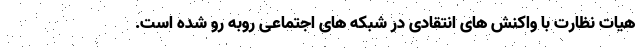
هیات نظارت با واکنش های انتقادی در شبکه های اجتماعی روبه رو شده است.